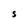
Character: S